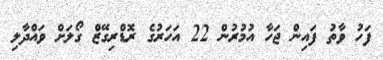
ފަހު ވާތު ފައިން ޖަހާ އުމުރުން 22 އަހަރުގެ ރޮޑްރިގޭޒް ގޯލަށް ވައްދާލި